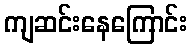
ကျဆင်းနေကြောင်း